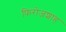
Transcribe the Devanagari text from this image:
फिरोजशाह